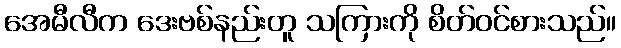
အေမီလီက ဒေးဗစ်နည်းတူ သကြားကို စိတ်ဝင်စားသည်။